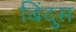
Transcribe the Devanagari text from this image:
बिंदुस